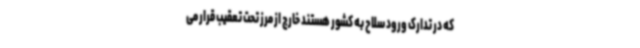
که در تدارک ورود سلاح به کشور هستند خارج از مرز تحت تعقیب قرار می